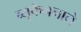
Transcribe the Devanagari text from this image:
ब्यूकॅननाने